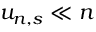
u _ { n , s } \ll n